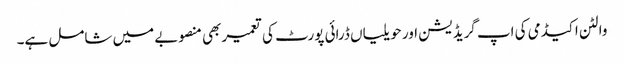
والٹن اکیڈمی کی اپ گریڈیشن اور حویلیاں ڈرائی پورٹ کی تعمیر بھی منصوبے میں شامل ہے۔